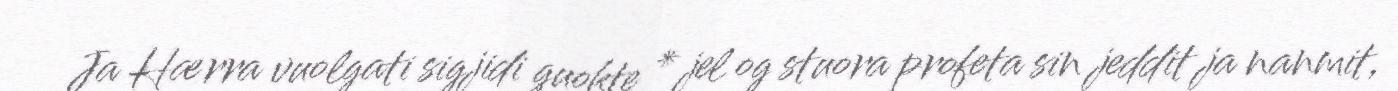
Ja Hærra vuolgati sigjidi guokte * jel og stuora profeta sin jeddit ja nanmit,